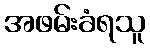
အဖမ်းခံရသူ